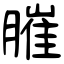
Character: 膗